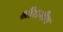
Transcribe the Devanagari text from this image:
श्रीरामीय